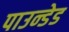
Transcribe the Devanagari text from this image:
पाउन्डेड